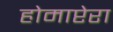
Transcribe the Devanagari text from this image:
होमाप्टेरा